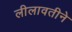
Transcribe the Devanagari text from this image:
लीलावतीने